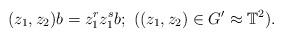
LaTeX: \begin{align*} (z_1, z_2)b= z_1^r z_1^sb; \ ((z_1, z_2)\in G' \approx \mathbb{T}^2). \end{align*}